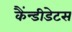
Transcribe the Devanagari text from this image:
कैंन्डीडेटस